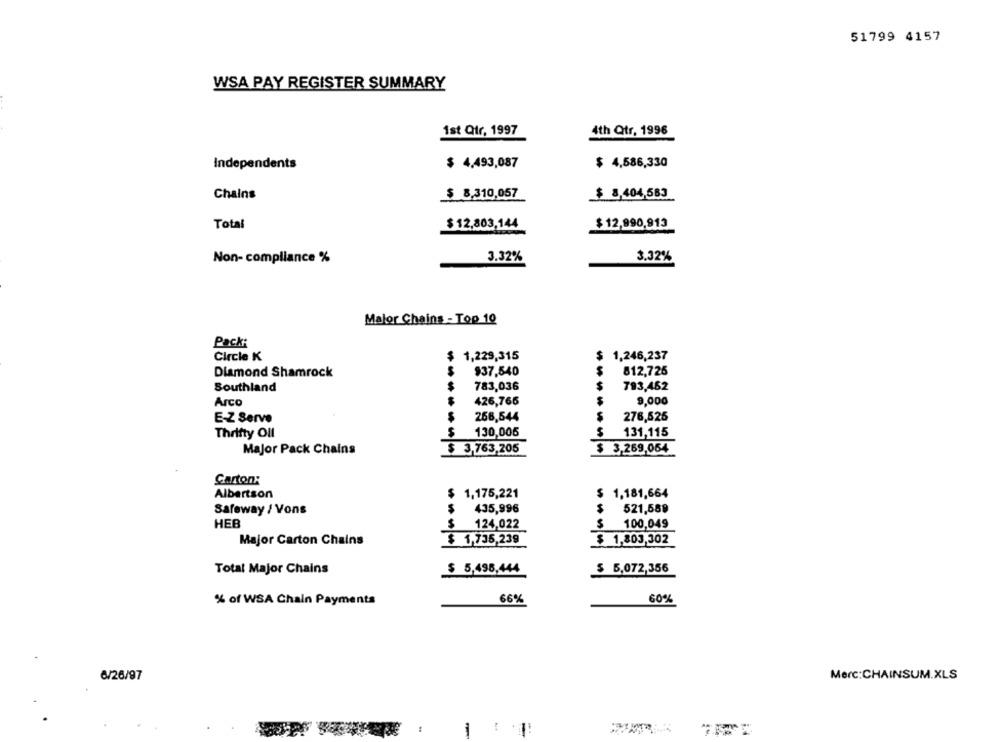
51799 4157
WSA PAY REGISTER SUMMARY
1st Qtr, 1997
4th Qtr, 1996
Independents
$ 4,493,087
$ 4,586,330
Chains
$ 8,310,057
$ 8,404,583
Total
$ 12,803,144
$ 12,990,913
Non- compliance %
3.32%
3.32%
Major Chains - Top 10
Pack:
Circle K
$1,229,315
$
1,246,237
Diamond Shamrock
$
$37,540
812,725
783,036
$
Southland
$
793,462
$
426,765
9,000
Arco
S
E-Z Serve
266,544
276,625
S
Thrifty Oll
$
130,005
131,115
Major Pack Chains
$ 3,763,205
$ 3,269,064
Carton:
Albertson
1,175,221
$ 1,181,664
Safeway / Vons
$
435,996
$
521,589
HEB
$ 124,022
100,049
Major Carton Chains
$ 1,735,239
$ 1,803,302
Total Major Chains
$ 5,496,444
$ 5,072,356
% of WSA Chain Payments
66%
60%
Merc:CHAINSUM.XLS
6/26/97